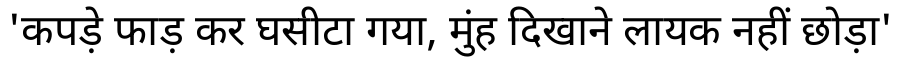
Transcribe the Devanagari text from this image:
'कपड़े फाड़ कर घसीटा गया, मुंह दिखाने लायक नहीं छोड़ा'